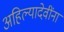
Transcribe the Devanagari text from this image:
अहिल्यादेवींना